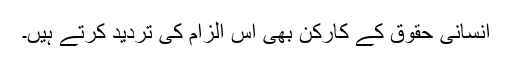
انسانی حقوق کے کارکن بھی اس الزام کی تردید کرتے ہیں۔